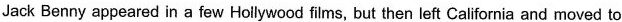
Jack Benny appeared in a few Hoilywood fi ms, but then left Calfiornia and moved to